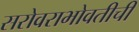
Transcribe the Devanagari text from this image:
सरोवराभोवतीची